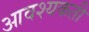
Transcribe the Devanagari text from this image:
आवश्यकती